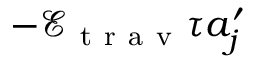
- \mathcal { E } _ { \mathrm { ~ t ~ r ~ a ~ v ~ } } \tau a _ { j } ^ { \prime }